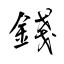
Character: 錢